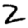
Digit: 2